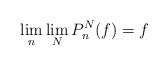
LaTeX: \begin{align*}\lim_n\lim_N P_n^N(f)=f\end{align*}